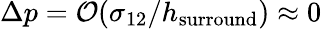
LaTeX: \Delta p=\mathcal{O}(\sigma_{12}/h_{\mathrm{{surround}}})\approx 0